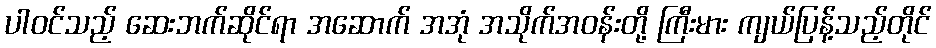
ပါဝင်သည့် ဆေးဘက်ဆိုင်ရာ အဆောက် အအုံ အသိုက်အဝန်းတို့ ကြီးမား ကျယ်ပြန့်သည့်တိုင်